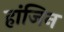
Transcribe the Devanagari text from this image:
हांजिन